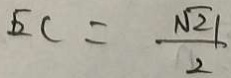
\sqrt { 2 } c = \frac { \sqrt { 2 1 } } { 2 }